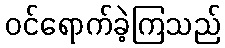
ဝင်ရောက်ခဲ့ကြသည်